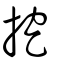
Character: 挖